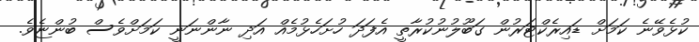
ކުޅެވޭނެ ކަމަށް ޑައިރެކްޓަރުން ގަބޫލުނުކުރާތީ އެފަދަ ހުށަހެޅުމެއް އަދި ނާންނަނީ ކަމަށްވެސް ބުންޏެވެ.